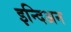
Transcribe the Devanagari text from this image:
इन्दिअन